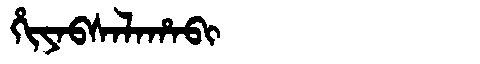
Manchu: ᡥᡳᠶᠠᠪᠰᠠᠯᠠᡥᠠᠪᡳ
Romanization: HIYABSALAHABI